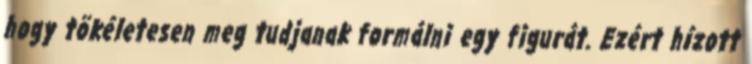
hogy tökéletesen meg tudjanak formálni egy figurát. Ezért hízott